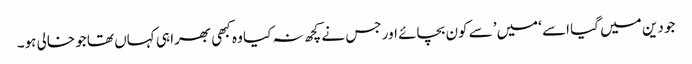
جو دین میں گیا اسے ‘میں’ سے کون بچائے اور جس نے کچھ نہ کیا وہ کبھی بھرا ہی کہاں تھا جو خالی ہو۔